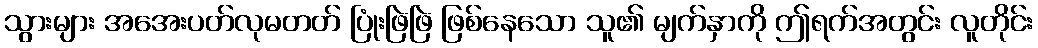
သွားများ အအေးပတ်လုမတတ် ပြုံးဖြဲဖြဲ ဖြစ်နေသော သူ၏ မျက်နှာကို ဤရက်အတွင်း လူတိုင်း